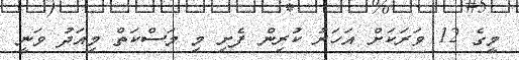
މީގެ 12 ވަރަކަށް އަހަރު ކުރިން ފެށި މި މަސްކަތް މިއަދު ވަނީ